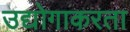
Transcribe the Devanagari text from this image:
उद्योगाकरता